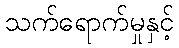
သက်ရောက်မှုနှင့်